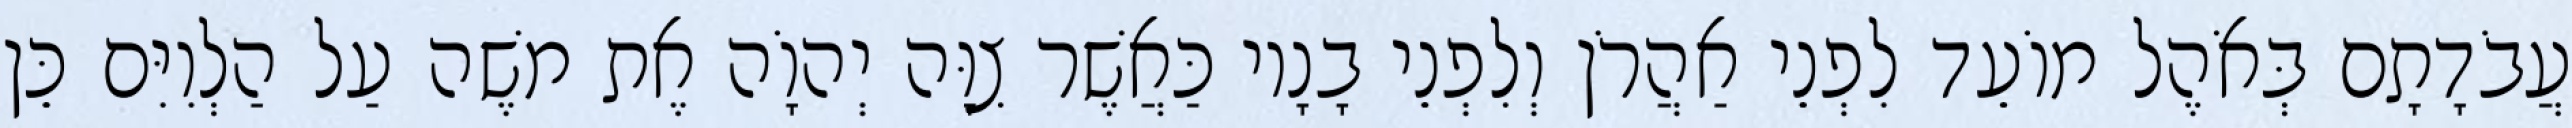
עֲבֹדָתָם בְּאֹהֶל מוֹעֵד לִפְנֵי אַהֲרֹן וְלִפְנֵי בָנָיו כַּאֲשֶׁר צִוָּה יְהוָֹה אֶת משֶׁה עַל הַלְוִיִּם כֵּן